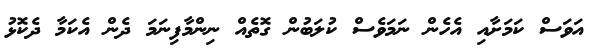
އަވަސް ކަމަށާއި އެހެން ނަމަވެސް ކުލަބުން ގޮތެއް ނިންމާފިނަމަ ދެން އެކަމާ ދެކޮޅު